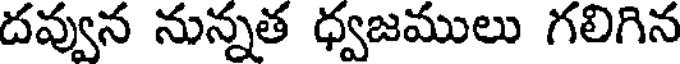
దవ్వున నున్నత ధ్వజములు గలిగిన